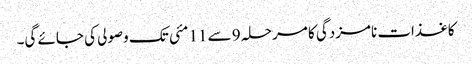
کاغذات نامزدگی کا مرحلہ 9 سے 11 مئی تک وصولی کی جائے گی۔